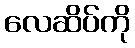
လေဆိပ်ကို